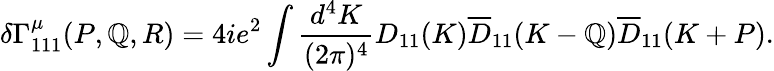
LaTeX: \delta\Gamma_{111}^{\mu}(P,\mathbb{Q},R)=4ie^{2}\int\frac{{d^{4}K}}{{(2\pi)^{4}}}{D}_{11}(K)\overline{{{{D}}}}_{11}(K-\mathbb{Q})\overline{{{{D}}}}_{11}(K+P).